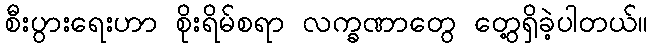
စီးပွားရေးဟာ စိုးရိမ်စရာ လက္ခဏာတွေ တွေ့ရှိခဲ့ပါတယ်။